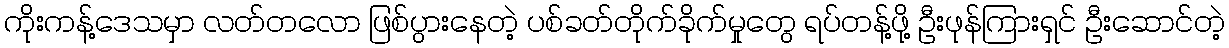
ကိုးကန့်ဒေသမှာ လတ်တလော ဖြစ်ပွားနေတဲ့ ပစ်ခတ်တိုက်ခိုက်မှုတွေ ရပ်တန့်ဖို့ ဦးဖုန်ကြားရှင် ဦးဆောင်တဲ့